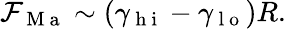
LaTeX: \mathcal{F}_{\mathrm{{~M~a~}}}\sim(\gamma_{\mathrm{{~h~i~}}}-\gamma_{\mathrm{{~l~o~}}})R.